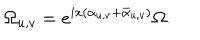
\Omega _ { u , v } = e ^ { i x ( \alpha _ { u , v } + \bar { \alpha } _ { u , v } ) } \Omega .